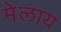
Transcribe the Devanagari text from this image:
मेलाय